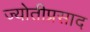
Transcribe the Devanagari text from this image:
ज्योतीप्रसाद